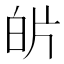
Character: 𭽌